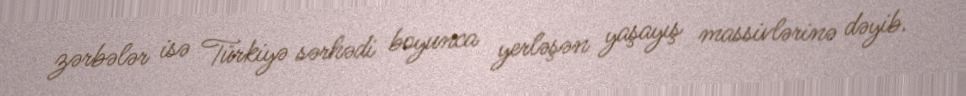
zərbələr isə Türkiyə sərhədi boyunca yerləşən yaşayış massivlərinə dəyib.